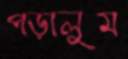
পড়ালুম